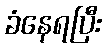
ခံနေရပြီး